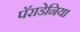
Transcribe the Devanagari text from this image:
पॅराडेनिया